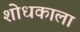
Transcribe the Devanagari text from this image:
शोधकाला